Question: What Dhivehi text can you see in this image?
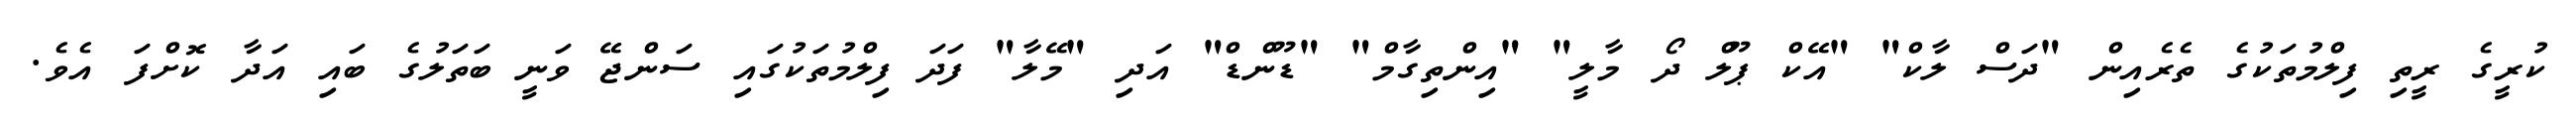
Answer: ކުރީގެ ރީތި ފިލްމުތަކުގެ ތެރެއިން "ދަސް ލާކް" "އޭކް ޕޫލް ދޯ މާލީ" "އިންތިގާމް" "ޑޫންޑް" އަދި "މޭލާ" ފަދަ ފިލްމުތަކުގައި ސަންޖޭ ވަނީ ބަތަލުގެ ބައި އަދާ ކޮށްފަ އެވެ.